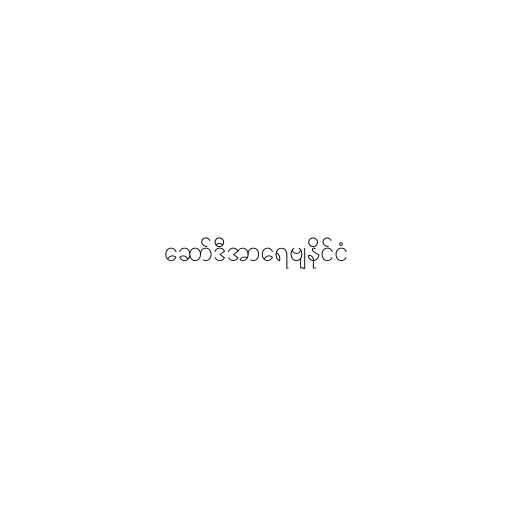
ဆော်ဒီအာရေဗျနိုင်ငံ